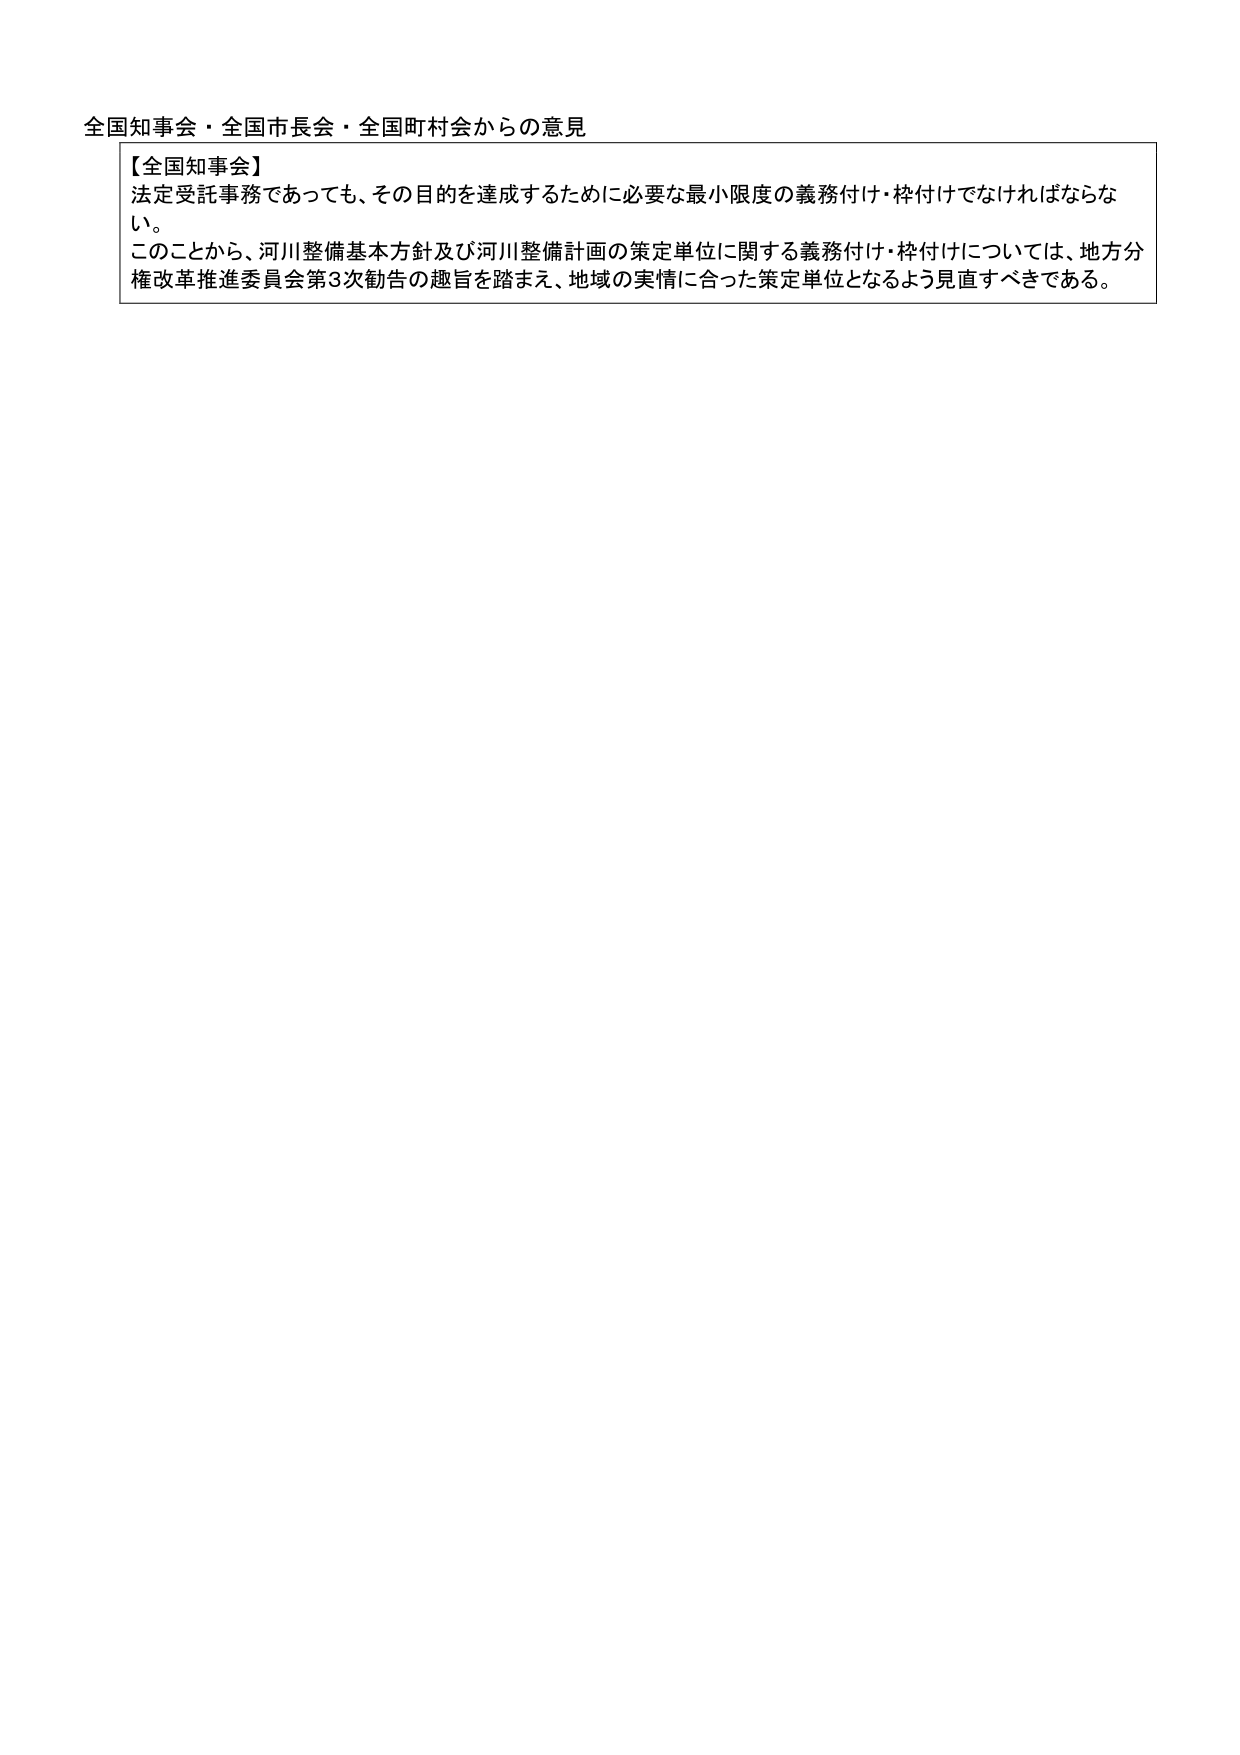
全国知事会・全国市長会・全国町村会からの意見

【全国知事会】
法定受託事務であっても、その目的を達成するために必要な最小限度の義務付け・枠付けでなければならない。
このことから、河川整備基本方針及び河川整備計画の策定単位に関する義務付け・枠付けについては、地方分権改革推進委員会第3次勧告の趣旨を踏まえ、地域の実情に合った策定単位となるよう見直すべきである。